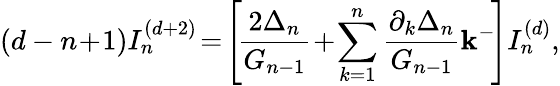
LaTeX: (d-n\! +\! 1)I_{n}^{(d+2)}\! =\! \left[\! \frac{2\Delta_{n}}{G_{n-1}}\! +\! \sum_{k=1}^{n}\frac{\partial_{k}\Delta_{n}}{G_{n-1}}{\mathbf k^{-}}\! \right]I_{n}^{(d)},